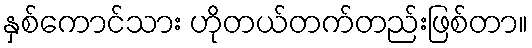
နှစ်ကောင်သား ဟိုတယ်တက်တည်းဖြစ်တာ။